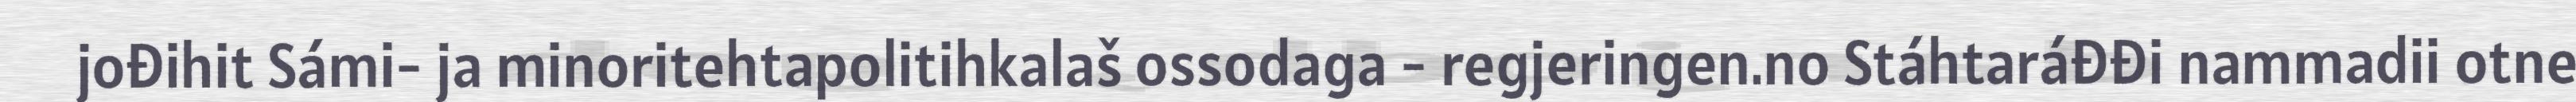
jođihit Sámi- ja minoritehtapolitihkalaš ossodaga - regjeringen.no Stáhtaráđđi nammadii otne